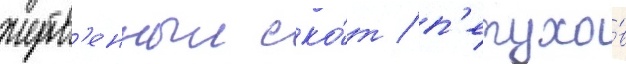
жертв'енныи ско́т / п'етухо́в